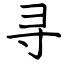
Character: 寻